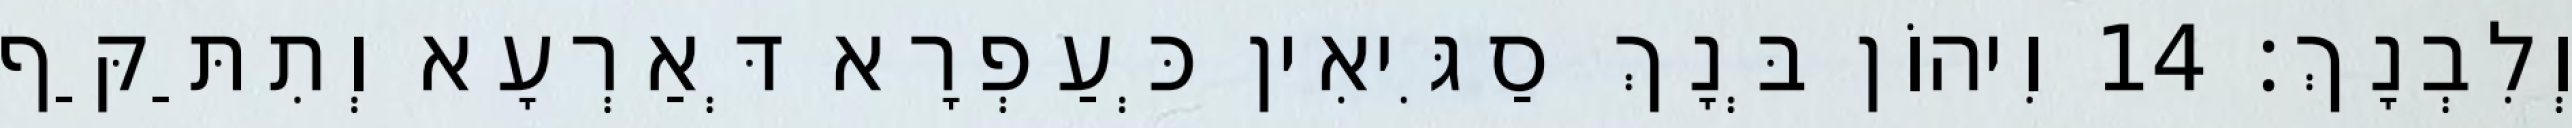
וְלִבְנָךְ׃ 14 וִיהוֹן בְּנָךְ סַגִּיאִין כְּעַפְרָא דְּאַרְעָא וְתִתַּקַּף